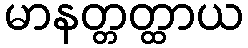
မာနတ္တတ္ထာယ